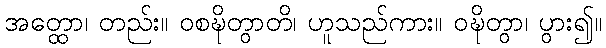
အတ္ထော၊ တည်း။ ဝစဍ္ဎိတွာတိ၊ ဟူသည်ကား။ ဝဍ္ဎိတွာ၊ ပွား၍။